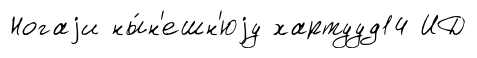
Ногаjи ны́н'ешн'юjу хартууд14 ИД